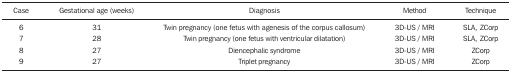
<table><thead><tr><td><b>Case</b></td><td><b>Gestational age (weeks)</b></td><td><b>Diagnosis</b></td><td><b>Method</b></td><td><b>Technique</b></td></tr></thead><tbody><tr><td>6</td><td>31</td><td>Twin pregnancy (one fetus with agenesis of the corpuscallosum)</td><td>3D-US / MRI</td><td>SLA, ZCorp</td></tr><tr><td>7</td><td>28</td><td>Twin pregnancy (one fetus with ventriculardilatation)</td><td>3D-US / MRI</td><td>SLA, ZCorp</td></tr><tr><td>8</td><td>27</td><td>Diencephalic syndrome</td><td>3D-US / MRI</td><td>ZCorp</td></tr><tr><td>9</td><td>27</td><td>Triplet pregnancy</td><td>3D-US / MRI</td><td>ZCorp</td></tr></tbody></table>